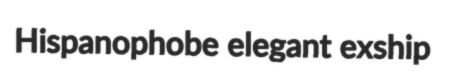
Hispanophobe elegant exship